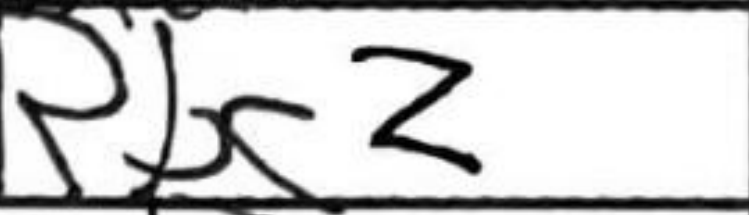
Transcription: Rbc2